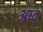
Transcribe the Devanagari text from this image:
अध्व